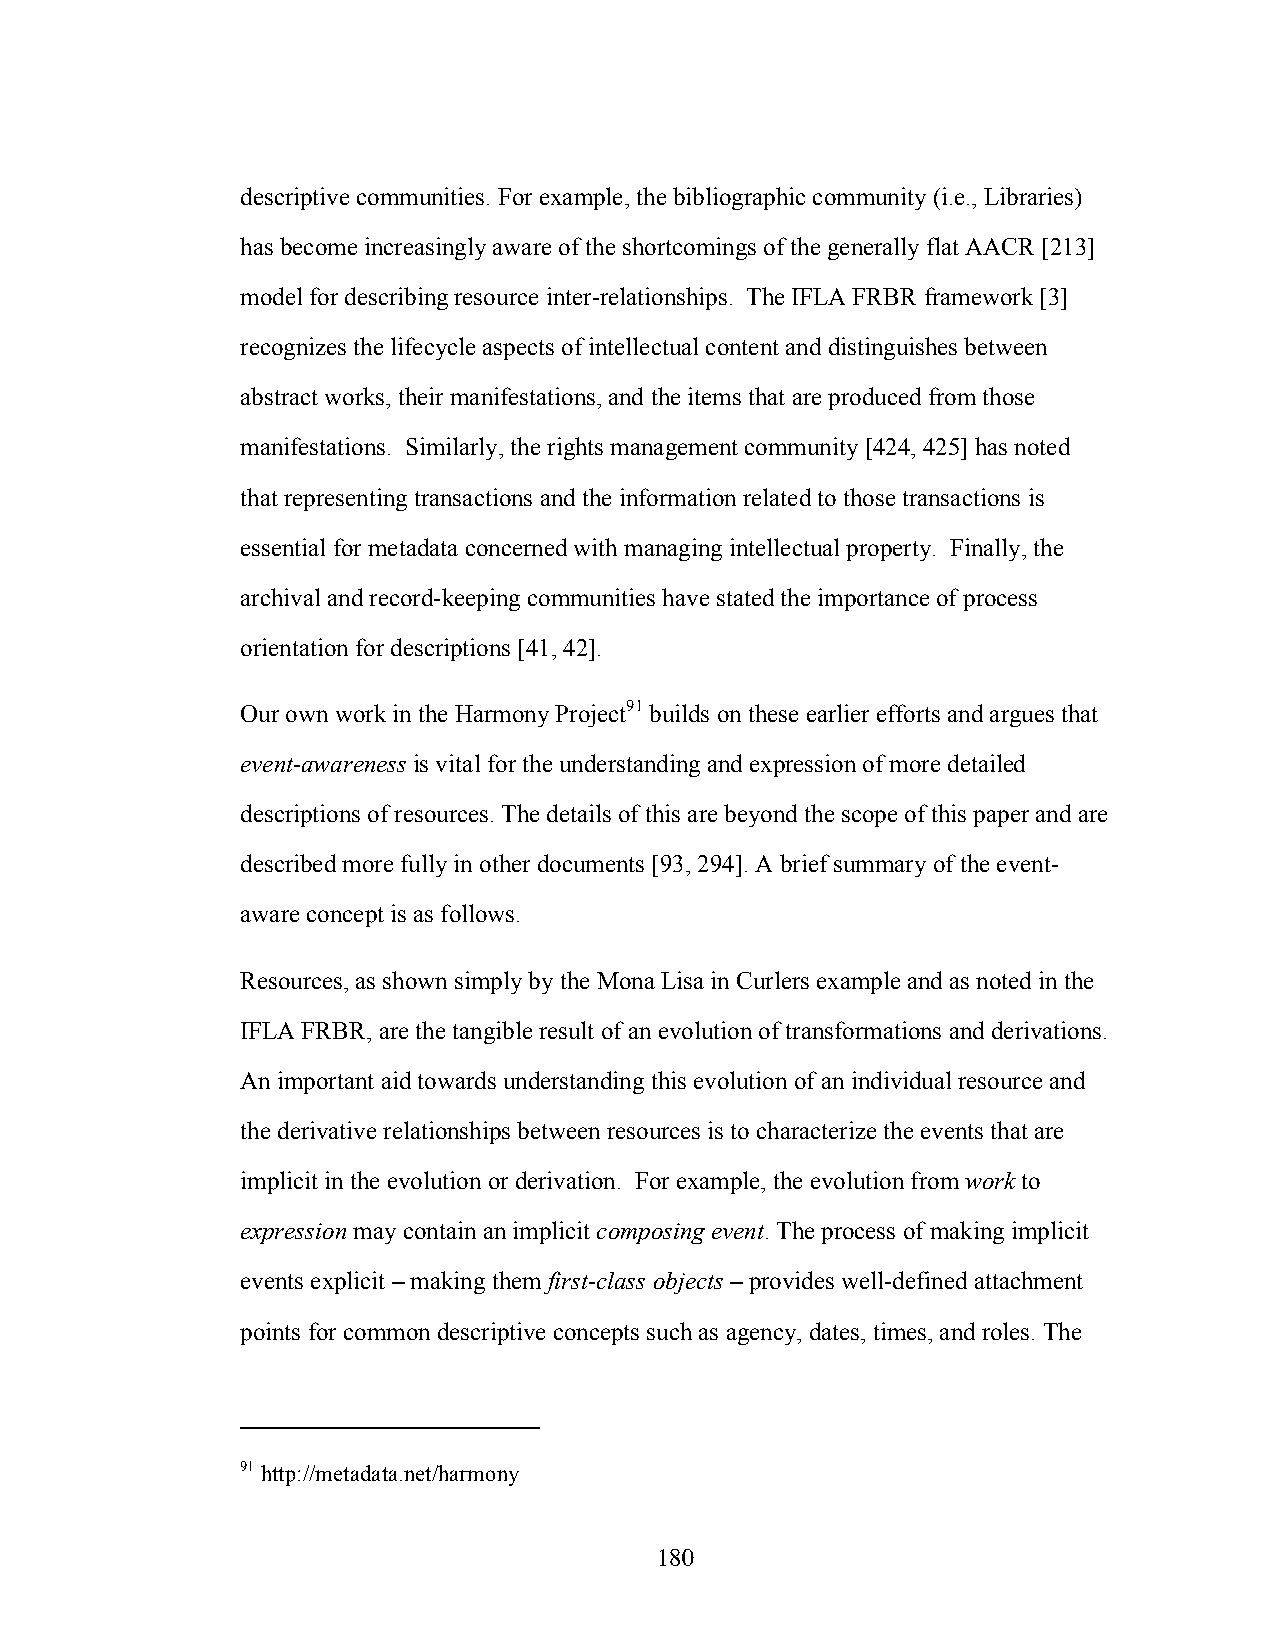
descriptive communities. For example, the bibliographic community (i.e., Libraries)
 has become increasingly aware of the shortcomings of the generally flat AACR [213]
 model for describing resource inter-relationships. The IFLA FRBR framework [3]
 recognizes the lifecycle aspects of intellectual content and distinguishes between
 abstract works, their manifestations, and the items that are produced from those
 manifestations. Similarly, the rights management community [424, 425] has noted
 that representing transactions and the information related to those transactions is
 essential for metadata concerned with managing intellectual property. Finally, the
 archival and record-keeping communities have stated the importance of process
 orientation for descriptions [41, 42].
 Our own work in the Harmony Project91 builds on these earlier efforts and argues that
 event-awareness is vital for the understanding and expression of more detailed
 descriptions of resources. The details of this are beyond the scope of this paper and are
 described more fully in other documents [93, 294]. A brief summary of the event-
 aware concept is as follows.
 Resources, as shown simply by the Mona Lisa in Curlers example and as noted in the
 IFLA FRBR, are the tangible result of an evolution of transformations and derivations.
 An important aid towards understanding this evolution of an individual resource and
 the derivative relationships between resources is to characterize the events that are
 implicit in the evolution or derivation. For example, the evolution from work to
 expression may contain an implicit composing event. The process of making implicit
 events explicit – making them first-class objects – provides well-defined attachment
 points for common descriptive concepts such as agency, dates, times, and roles. The
 91 http://metadata.net/harmony
 180